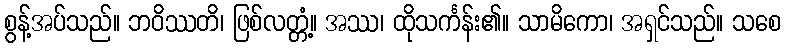
စွန့်အပ်သည်။ ဘဝိဿတိ၊ ဖြစ်လတ္တံ့။ အဿ၊ ထိုသင်္ကန်း၏။ သာမိကော၊ အရှင်သည်။ သစေ